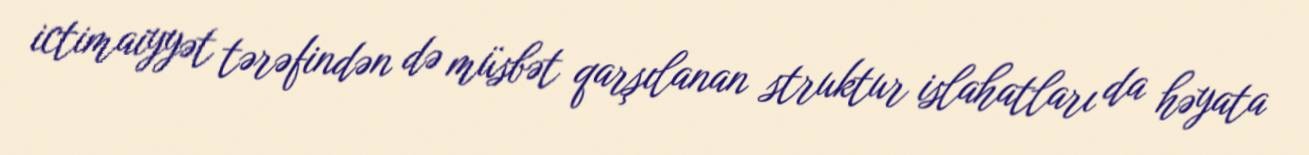
ictimaiyyət tərəfindən də müsbət qarşılanan struktur islahatları da həyata